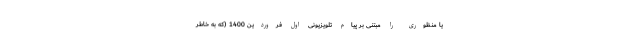
یا منظوری را مبتنی بر پیام تلویزیونی اول فروردین 1400 (که به خاطر